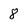
Character: 8